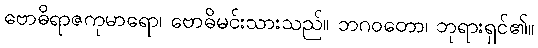
ဗောဓိရာဇကုမာရော၊ ဗောဓိမင်းသားသည်။ ဘဂဝတော၊ ဘုရားရှင်၏။